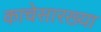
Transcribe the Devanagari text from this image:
काचेसारख्या